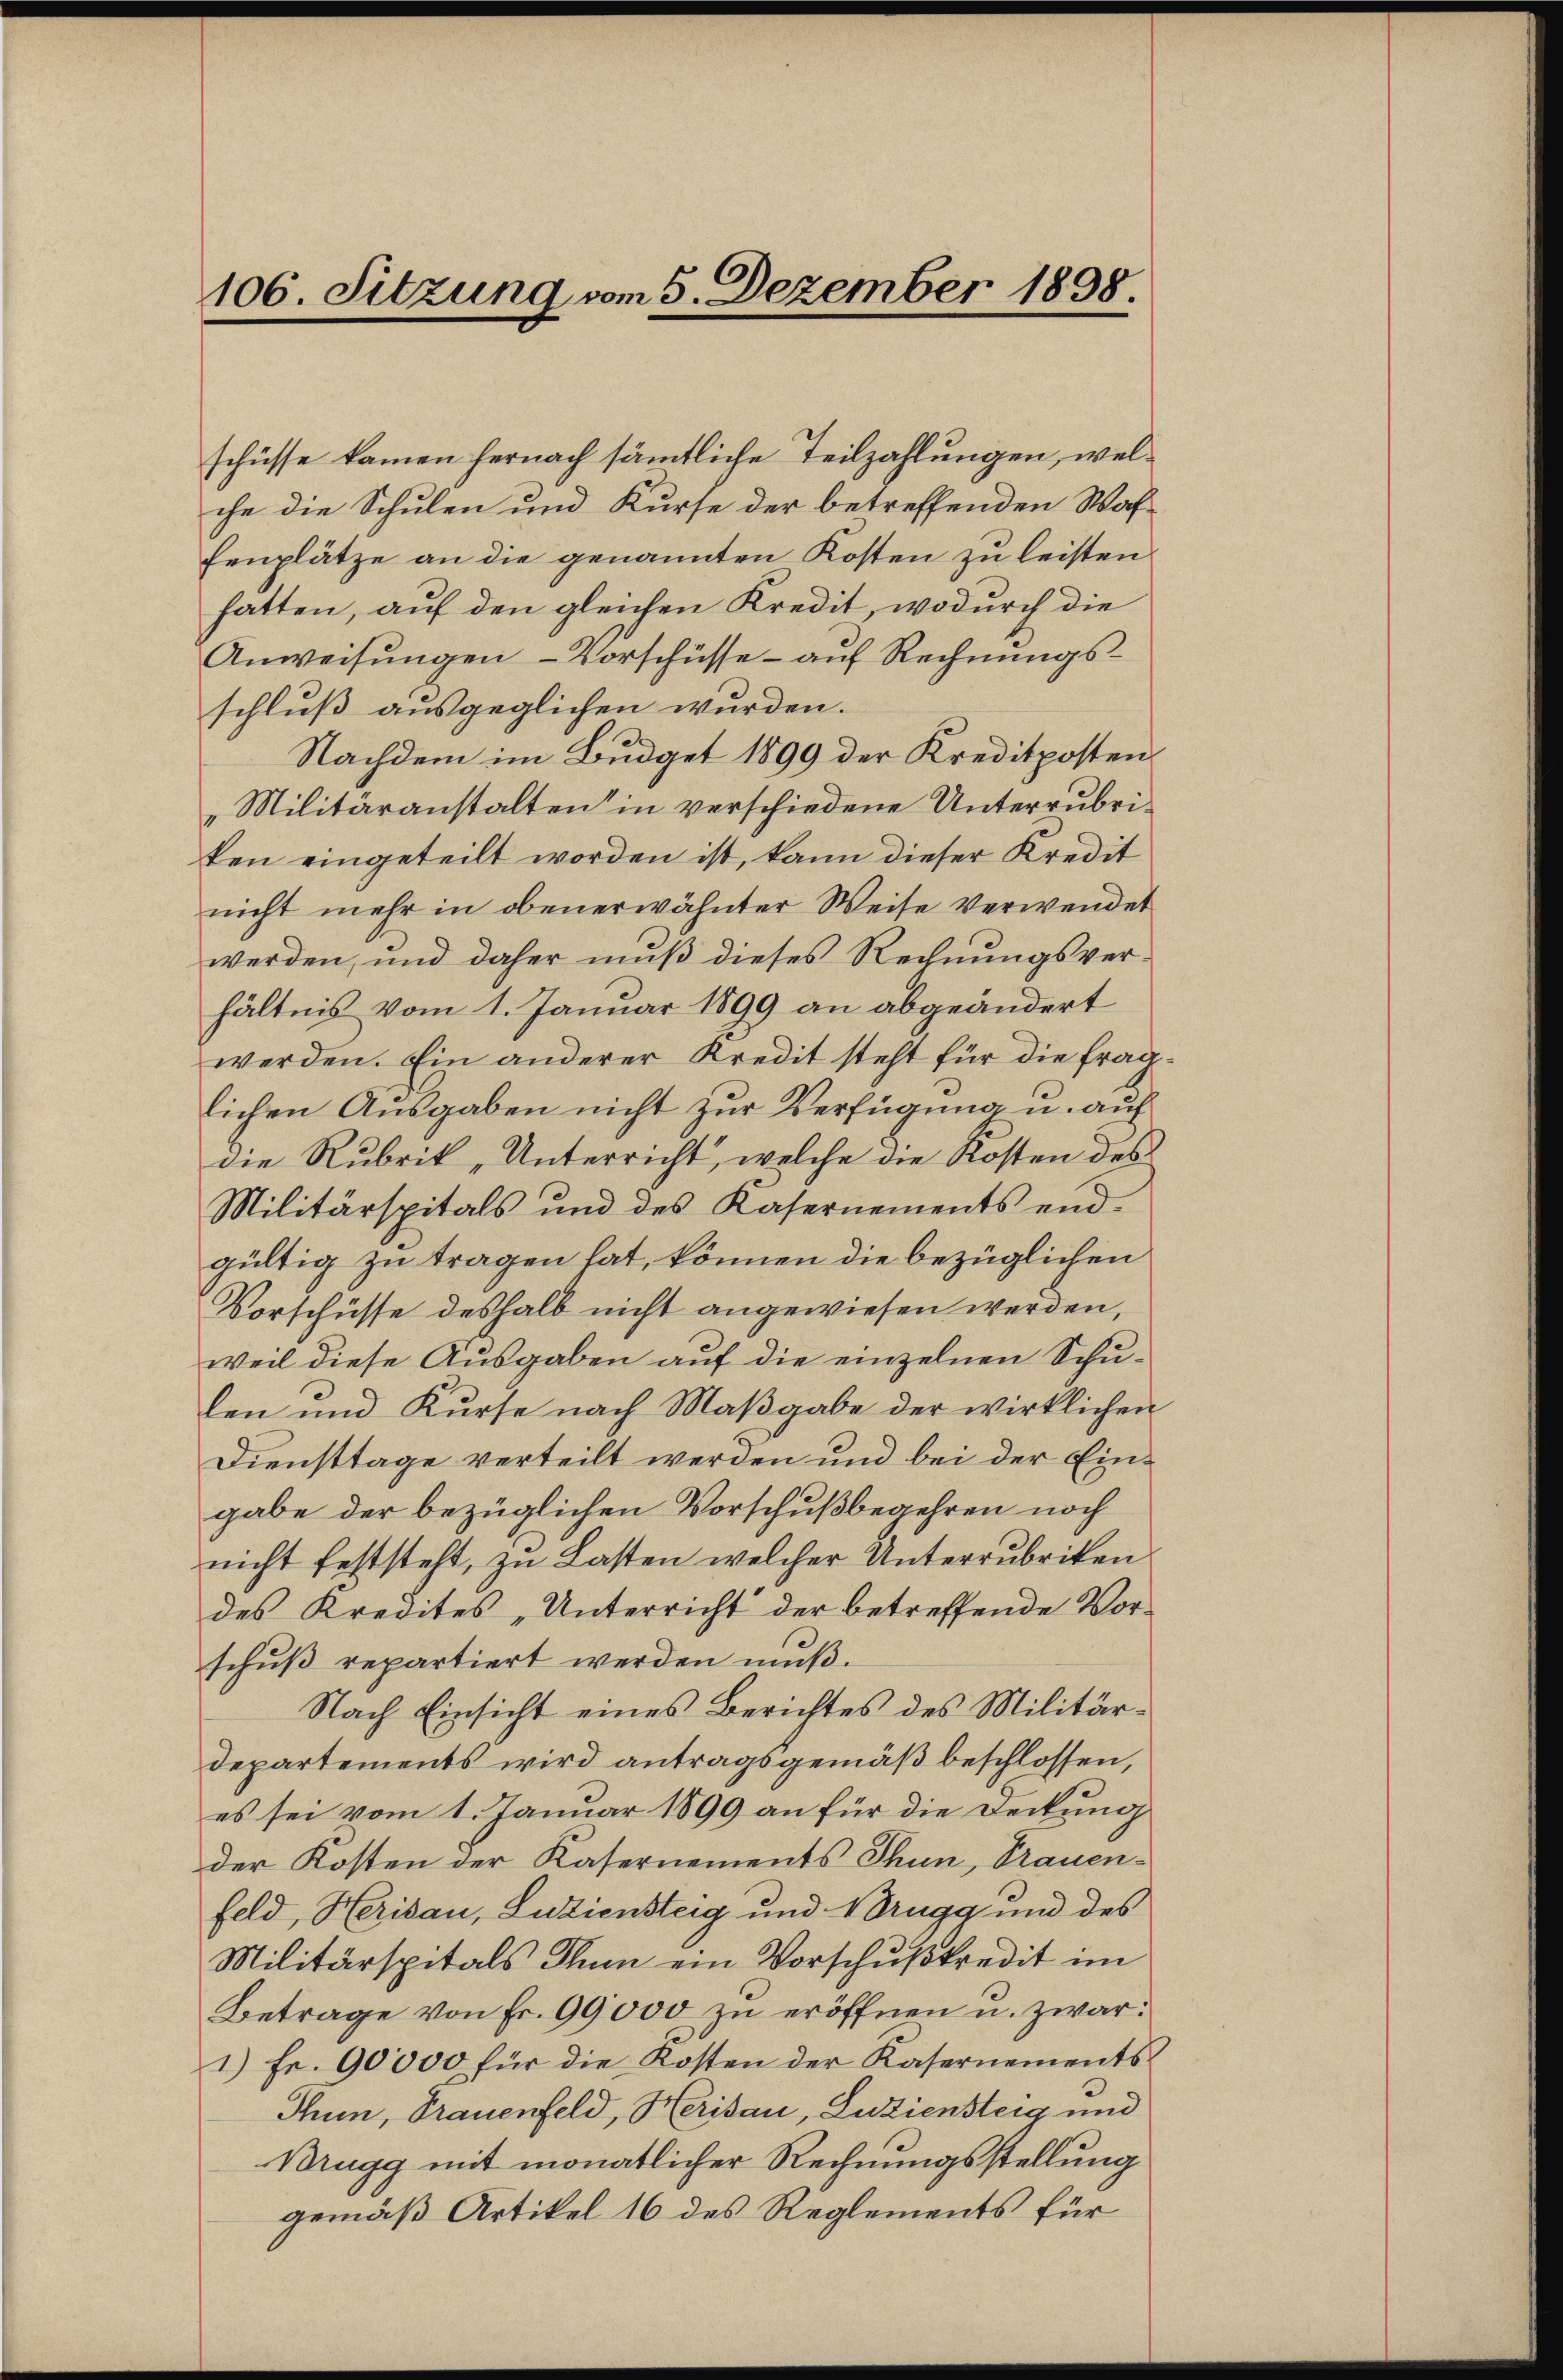
106. Sitzung vom 5. Dezember 1898.

schüsse kamen hernach sämmtliche Teilzahlungen, welche die Schulen und Kurse der betreffenden Waffenplätze an die genannten Kosten zu leisten
hatten, auf den gleichen Kredit, wodurch die
Anweisungen - Vorschüsse - auf Rechnungsschluß ausgeglichen wurden.
Nachdem im Budget 1899 der Kreditposten
"Militäranstalten in verschiedene Unterrubriken eingeteilt worden ist, kann dieser Kredit
nicht mehr in obenerwähnter Weise verwendet
werden, und daher muß dieses Rechnungsverhältnis vom 1. Januar 1899 an abgeändert
werden. Ein anderer Kredit steht für die fraglichen Ausgaben nicht zur Verfügung u. auf
die Rubrik „Unterricht, welche die Kosten des
Militärspitals und des Kasernements endgültig zu tragen hat, können die bezüglichen
Vorschüsse deshalb nicht angewiesen werden,
weil diese Ausgaben auf die einzelnen Schulen und Kurse nach Maßgabe der wirklichen
Diensttage verteilt werden und bei der Eingabe der bezüglichen Vorschußbegehren noch
nicht feststeht, zu Lasten welcher Unterrubriken
des Kredites „Unterricht der betreffende Vorschŭβ repartiert werden mŭβ.
Nach Einsicht eines Berichtes des Militär¬
Departements wird antragsgemäß beschlossen,
es sei vom 1. Januar 1899 an für die Deckung
der Kosten der Kasernements Thun, Trauenfeld, Herisau, Luziensteig und Brugg und des
Militärspitals Thun ein Vorschußkredit im
Betrage von Fr. 99,000 zu eröffnen u. zwar:
1) Fr. 90000 für die Kosten der Kasernements¬
Thun, Trauenfeld, Herisau, Luziensteig und
Brugg mit monatlicher Rechnungsstellung
gemäß Artikel 16 des Reglements für